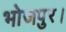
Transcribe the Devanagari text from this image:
भोजपुर।